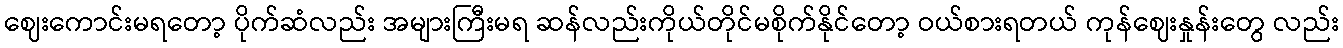
ဈေးကောင်းမရတော့ ပိုက်ဆံလည်း အများကြီးမရ ဆန်လည်းကိုယ်တိုင်မစိုက်နိုင်တော့ ဝယ်စားရတယ် ကုန်ဈေးနှုန်းတွေ လည်း